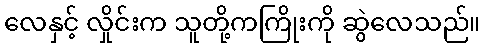
လေနှင့် လှိုင်းက သူတို့ကကြိုးကို ဆွဲလေသည်။